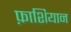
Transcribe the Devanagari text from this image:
फ़ाशियान